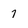
Character: 7